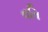
વતિ